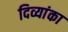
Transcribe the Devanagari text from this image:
दिव्यांका